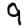
Digit: 9